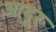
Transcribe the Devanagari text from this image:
आदूर